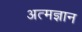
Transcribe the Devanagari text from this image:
अत्मज्ञान